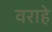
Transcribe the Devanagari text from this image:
वराहे